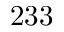
2 3 3